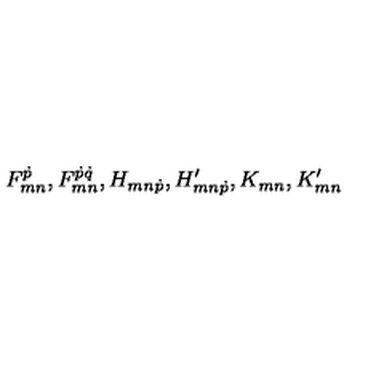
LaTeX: F _ { m n } ^ { \dot { p } } , F _ { m n } ^ { \dot { p } \dot { q } } , H _ { m n \dot { p } } , H _ { m n \dot { p } } ^ { \prime } , K _ { m n } , K _ { m n } ^ { \prime }